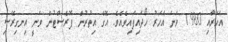
އަހަރާއި 1980 ވަނަ އަހަރު ހޯދައިފައިވެއެވެ. އޭގެ އިތުރުން ފޮރެސްޓުން ވަނީ އިނގިރޭސި